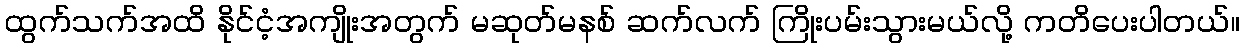
ထွက်သက်အထိ နိုင်ငံ့အကျိုးအတွက် မဆုတ်မနစ် ဆက်လက် ကြိုးပမ်းသွားမယ်လို့ ကတိပေးပါတယ်။